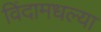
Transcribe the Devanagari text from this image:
विंदामधल्या